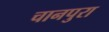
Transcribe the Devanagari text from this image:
चानपुरा